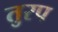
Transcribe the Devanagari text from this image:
तुरप